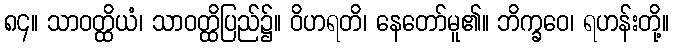
၈၄။ သာဝတ္ထိယံ၊ သာဝတ္ထိပြည်၌။ ဝိဟရတိ၊ နေတော်မူ၏။ ဘိက္ခဝေ၊ ရဟန်းတို့။